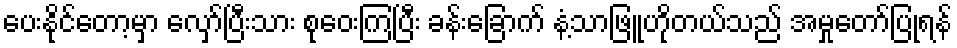
ပေးနိုင်တော့မှာ လှော်ပြီးသား စုဝေးကြပြီး ခန်းခြောက် နံ့သာဖြူဟိုတယ်သည် အမှုတော်ပြုရန်